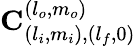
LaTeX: \mathbf{C}_{(l_{i},m_{i}),(l_{f},0)}^{(l_{o},m_{o})}